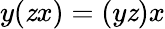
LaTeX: y(\mathit{z}x)=(y\mathit{z})x